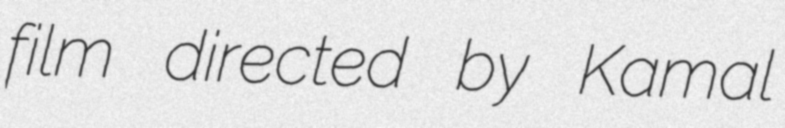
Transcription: film directed by Kamal